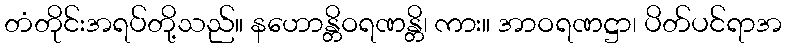
တံတိုင်းအရပ်တို့သည်။ နဟောန္တိဝရဏန္တိ၊ ကား။ အာဝရဏဋ္ဌာ၊ ပိတ်ပင်ရာအ